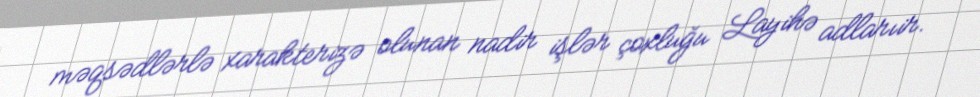
məqsədlərlə xarakterizə olunan nadir işlər çoxluğu Layihə adlarıir.